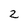
Character: 2